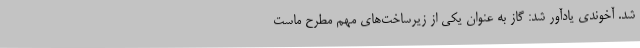
شد. آخوندی یادآور شد: گاز به عنوان یکی از زیرساخت‌های مهم مطرح ماست